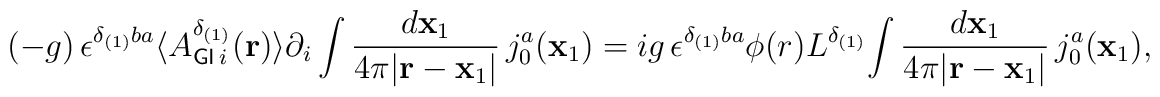
(-g)\,{\epsilon}^{{\delta}_{(1)}ba}\langle{A_{{\sf GI}\,i}^{{\delta}_{(1)}}({\bf{r}})\rangle\partial_{i}\int\frac{d{\bf x}_1}{4{\pi}|{\bf r}-{\bf x}_1|}\,j^a_{0}({{\bf x}_1}})=ig\,{\epsilon}^{{\delta}_{(1)}ba}{\phi}(r)L^{{\delta}_{(1)}}{\int\frac{d{\bf x}_1}{4{\pi}|{\bf r}-{\bf x}_1|}\,j^a_{0}({{\bf x}_1}}),